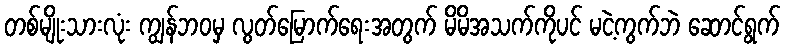
တစ်မျိုးသားလုံး ကျွန်ဘဝမှ လွတ်မြောက်ရေးအတွက် မိမိအသက်ကိုပင် မငဲ့ကွက်ဘဲ ဆောင်ရွက်